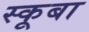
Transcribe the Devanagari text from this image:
स्‍कूबा